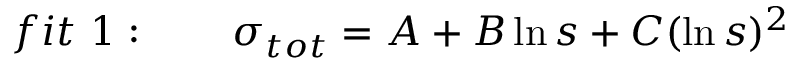
f i t \ 1 : \qquad \sigma _ { t o t } = A + B \ln s + C ( \ln s ) ^ { 2 }